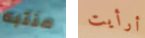
منتبه أرأيت